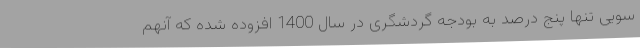
سویی تنها پنج درصد به بودجه گردشگری در سال 1400 افزوده شده که آنهم